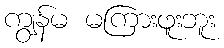
ကျွန်မ မကြားဖူးဘူး